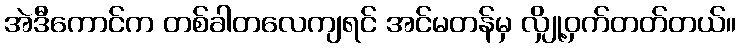
အဲဒီကောင်က တစ်ခါတလေကျရင် အင်မတန်မှ လျှို့ဝှက်တတ်တယ်။